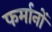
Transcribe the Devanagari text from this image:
फर्मानों